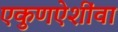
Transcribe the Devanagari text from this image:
एकुणऐशींवा